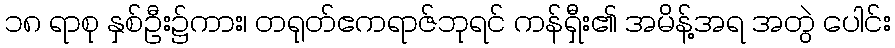
၁၈ ရာစု နှစ်ဦး၌ကား၊ တရုတ်ဧကရာဇ်ဘုရင် ကန်ရှီး၏ အမိန့်အရ အတွဲ ပေါင်း